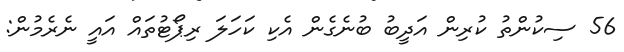
56 ސިކުންތު ކުރިން އަދީބު ބުނެގެން އެކި ކަހަލަ ރިޕޯޓުތައް އައީ ނެރެމުން: